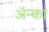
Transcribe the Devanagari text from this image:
अॅन्का